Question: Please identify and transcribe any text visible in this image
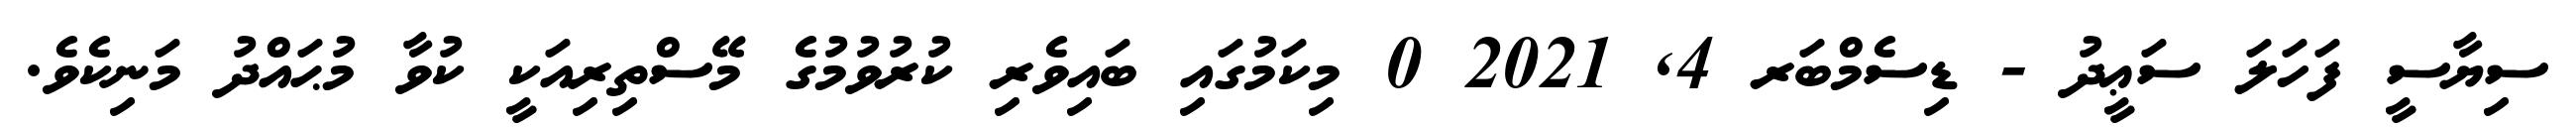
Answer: ސިޔާސީ ފަހަލަ ސަޢީދު - ޑިސެމްބަރ 4, 2021 0 މިކަމުގައި ބައިވެރި ކުރުވުމުގެ މޭސްތިރިއަކީ ކުވާ މުޙައްދު މަނިކެވެ.